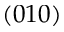
( 0 1 0 )